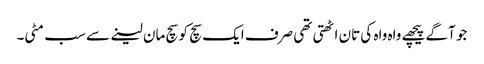
جو آگے پیچھے واہ واہ کی تان اٹھتی تھی صرف ایک سچ کو سچ مان لینے سے سب مٹی۔